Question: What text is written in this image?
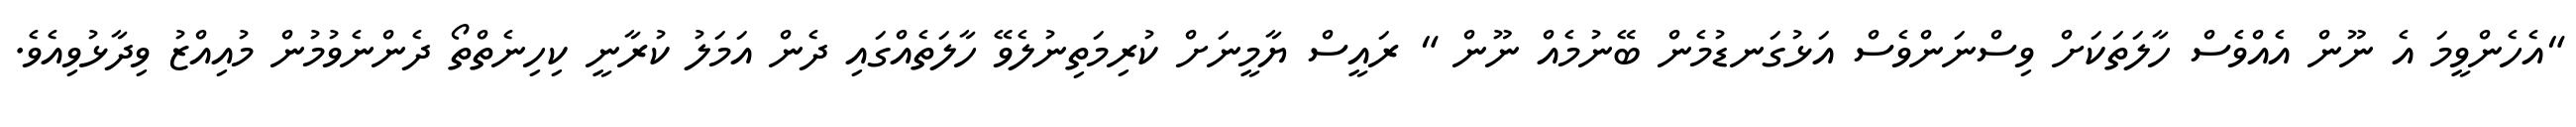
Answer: "އެހެންވީމަ އެ ނޫން އެއްވެސް ހާލަތަކަށް ވިސްނަންވެސް އަޅުގަނޑުމެން ބޭނުމެއް ނޫން " ރައީސް ޔާމީނަށް ކުރިމަތިނުލެވޭ ހާލަތެއްގައި ދެން އަމަލު ކުރާނީ ކިހިނެތްތޯ ދެންނެވުމުން މުއިއްޒު ވިދާޅުވިއެވެ.